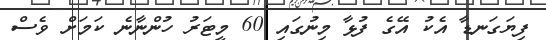
ފިޔަގަނޑާ އެކު އޭގެ ފުޅާ މިނުގައި 60 މީޓަރު ހުންނާނެ ކަމަށް ވެސް